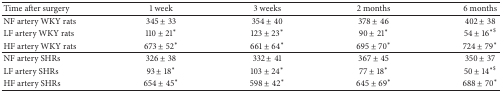
| Time after surgery | 1 week | 3 weeks | 2 months | 6 months |
 | --- | --- | --- | --- | --- |
 | NF artery WKY rats | 345 ± 33 | 354 ± 40 | 378 ± 46 | 402 ± 38 |
 | LF artery WKY rats | 110 ± 21* | 123 ± 23* | 90 ± 21* | 54 ± 16∗$ |
 | HF artery WKY rats | 673 ± 52* | 661 ± 64* | 695 ± 70* | 724 ± 79* |
 | NF artery SHRs | 326 ± 38 | 332 ± 41 | 367 ± 45 | 350 ± 37 |
 | LF artery SHRs | 93 ± 18* | 103 ± 24* | 77 ± 18* | 50 ± 14∗$ |
 | HF artery SHRs | 654 ± 45* | 598 ± 42* | 645 ± 69* | 688 ± 70* |